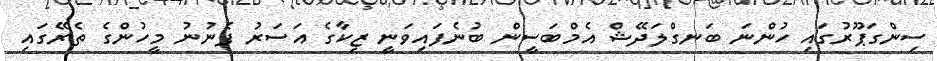
ސިންގަޕޫރުގައި ހުންނަ ބަނގްލަދޭޝް އެމްބަސީން ބުނެފައިވަނީ ޒިކާގެ އަސަރު ފެނުނު މީހުންގެ ތެރޭގައި